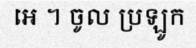
អេ ។ ចូល ប្រឡូក